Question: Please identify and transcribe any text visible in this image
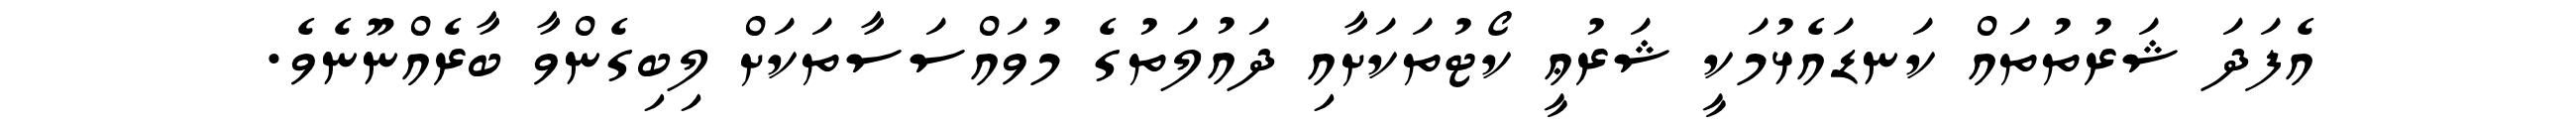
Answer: އެފަދަ ޝަރުތުތައް ކަނޑައެޅުމަކީ ޝަރުޢީ ކޯޓުތަކަށާއި ދައުލަތުގެ މުވައްސަސާތަކަށް ލިބިގެންވާ ބާރެއްނޫނެވެ.